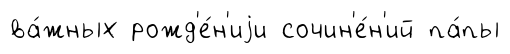
ва́жных рожд'е́н'иjи сочин'е́н'ий па́пы